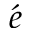
\acute { e }